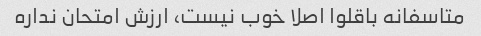
متاسفانه باقلوا اصلا خوب نیست، ارزش امتحان نداره